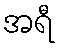
အရီ